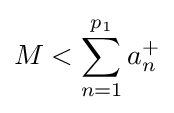
M<\sum _{n=1}^{p_{1}}a_{n}^{+}